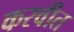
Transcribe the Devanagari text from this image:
करवीत